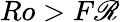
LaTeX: Ro>F\mathscr{R}